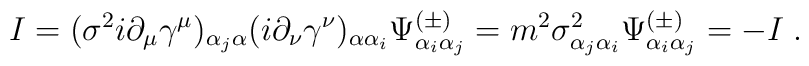
I=(\sigma^2i\partial_\mu\gamma^\mu)_{\alpha_j\alpha}(i\partial_\nu\gamma^\nu)_{\alpha\alpha_i}\Psi^{(\pm)}_{\alpha_i\alpha_j}=m^2\sigma^2_{\alpha_j\alpha_i}\Psi^{(\pm)}_{\alpha_i\alpha_j}=-I\;.